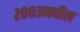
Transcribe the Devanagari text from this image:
२००३मधील